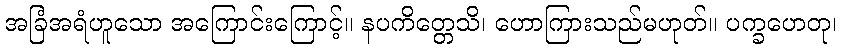
အခြံအရံဟူသော အကြောင်းကြောင့်။ နပကိတ္တေသိ၊ ဟောကြားသည်မဟုတ်။ ပက္ခဟေတု၊